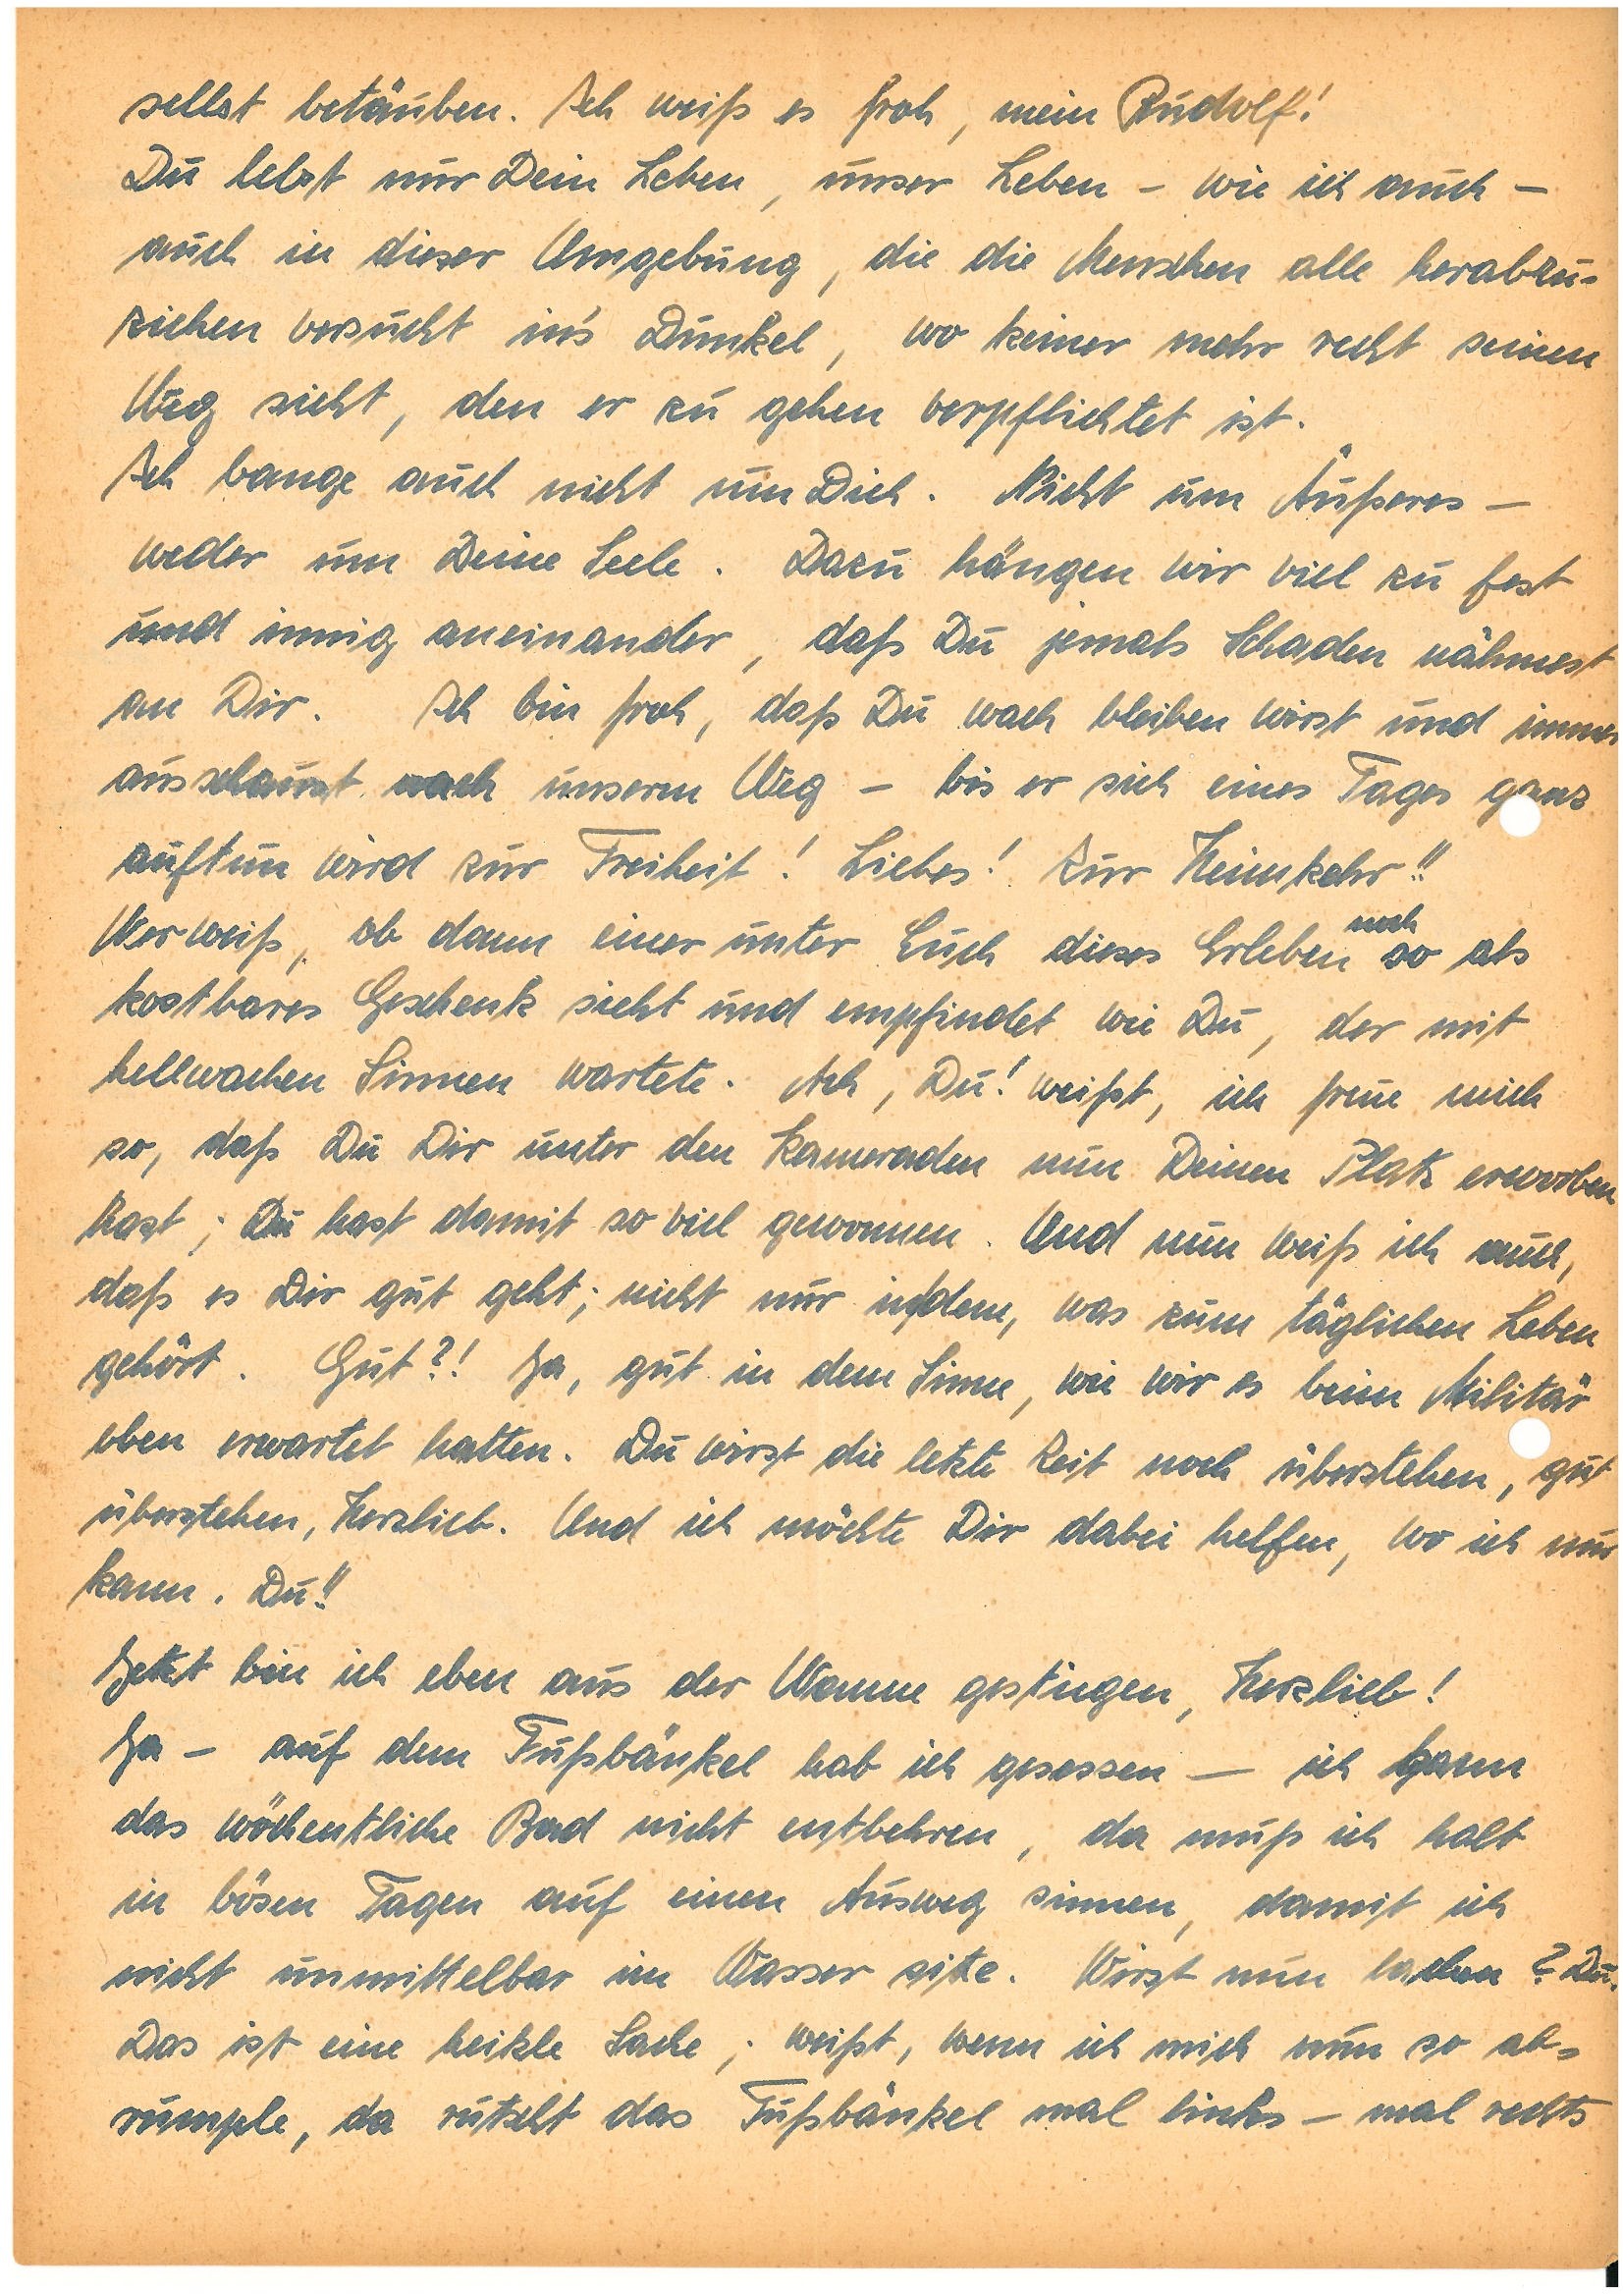
selbst betäuben. Ich weiß es froh, mein !
Du lebst nur Dein Leben, unser Leben – wie ich auch –
auch in dieser Umgebung, die die Menschen alle herabzu¬
ziehen versucht in’s Dunkel, wo keiner mehr recht seinen
Weg sieht, den er zu gehen verpflichtet ist.
Ich bange auch nicht um Dich. Nicht um Äußeres –
weder um Deine Seele. Dazu hängen wir viel zu fest
und innig aneinander, daß Du jemals Schaden nähmest
an Dir. Ich bin froh, daß Du wach bleiben wirst und immer
ausschaust nach unserm Weg – bis er sich eines Tages ganz
auftun wird zur Freiheit! Liebes! Zur Heimkehr!!
noch
Wer weiß, ob dann einer unter Euch dieses Erleben so als
kostbares Geschenk sieht und empfindet wie Du, der mit
hellwachen Sinnen wartete. Ach, Du! weißt, ich freue mich
so, daß Du Dir unter den Kameraden nun Deinen Platz erworben
hast; Du hast damit so viel gewonnen. Und nun weiß ich auch,
daß es Dir gut geht; nicht nur in/dem, was zum täglichen Leben
gehört. Gut?! Ja, gut in dem Sinne, wie wir es beim Militär
eben erwartet hatten. Du wirst die letzte Zeit noch überstehen, gut
überstehen, Herzlieb! Und ich möchte Dir dabei helfen, wo ich nur
kann. Du!!
Jetzt bin ich eben aus der Wanne gestiegen, Herzlieb!
Ja – auf dem Fußbänkel hab ich gesessen – ich kann
das wöchentliche Bad nicht entbehren, da muß ich halt
in bösen Tagen auf einen Ausweg sinnen, damit ich
nicht unmittelbar im Wasser sitze. Wirst nun lachen? Du.
Das ist eine heikle Sache; weißt, wenn ich mich nun so ab¬
rumple, da rutscht das Fußbänkel mal links – mal rechts